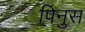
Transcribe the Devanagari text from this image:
पिनुस